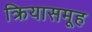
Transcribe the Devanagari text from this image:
क्रियासमूह